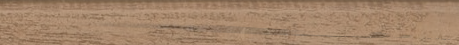
صيدلية العناية: منتجات لل